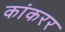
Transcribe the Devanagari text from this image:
कांकरर